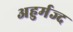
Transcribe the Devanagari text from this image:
अहुर्मज्द